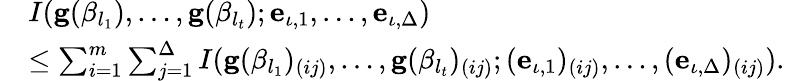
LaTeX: \begin{array}{rl}&{I(\mathbf{g}(\beta_{l_{1}}),\ldots,\mathbf{g}(\beta_{l_{t}});\mathbf{e}_{\iota,1},\ldots,\mathbf{e}_{\iota,\Delta})}\\ &{\leq\sum_{i=1}^{m}\sum_{j=1}^{\Delta}I(\mathbf{g}(\beta_{l_{1}})_{(ij)},\ldots,\mathbf{g}(\beta_{l_{t}})_{(ij)};(\mathbf{e}_{\iota,1})_{(ij)},\ldots,(\mathbf{e}_{\iota,\Delta})_{(ij)}).}\end{array}